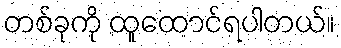
တစ်ခုကို ထူထောင်ရပါတယ်။